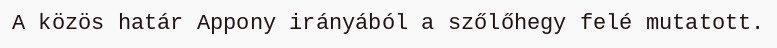
A közös határ Appony irányából a szőlőhegy felé mutatott.